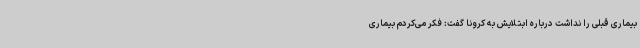
بیماری قبلی را نداشت درباره ابتلایش به کرونا گفت: فکر می‌کردم بیماری